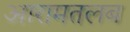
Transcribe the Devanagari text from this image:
आरामतलब